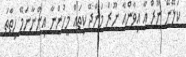
ކަލޭނޭ ނޫރް އާ އިވާންއާ ނޫރް މަންޖޭ ކިތައް މީހުންނާ އިންނާނަމޭ ހިތާތަ